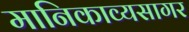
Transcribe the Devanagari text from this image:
मानिकाव्यसागर